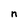
Character: n